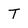
Character: T